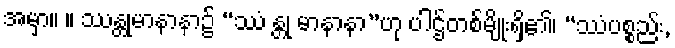
အမှာ။ ။ ဿန္တုမာနာနာ၌ “ဿံ န္တု မာနာနာ”ဟု ပါဌ်တစ်မျိုးရှိ၏၊ “ဿံပစ္စည်း,